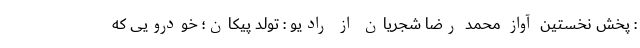
: پخش نخستین آواز محمد رضا شجریان از رادیو : تولد پیکان؛ خودرویی که